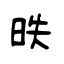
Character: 昳